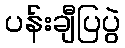
ပန်းချီပြပွဲ